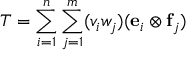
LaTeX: T = \sum _ { i = 1 } ^ { n } \sum _ { j = 1 } ^ { m } ( v _ { i } w _ { j } ) ( \mathbf { e } _ { i } \otimes \mathbf { f } _ { j } )